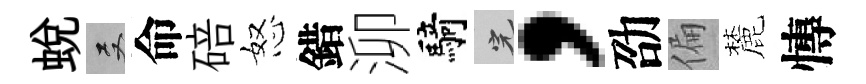
蛻双命碚怒錯泖騎完，劭偏麓慱